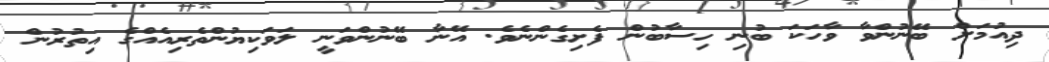
ދިއުމަށް ބޭނުންވާ ވާހަކަ ބުނި ހިސާބުން ފެށިގެންނެވެ. އޭނާ ބޭނުންވަނީ ލަވަކިޔުންތެރިއެއްގެ އިތުރުން